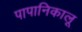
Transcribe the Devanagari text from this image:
पापानिकालू